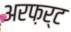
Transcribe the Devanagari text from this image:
अरफ़र्ट